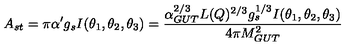
A _ { s t } = \pi \alpha ^ { \prime } g _ { s } I ( \theta _ { 1 } , \theta _ { 2 } , \theta _ { 3 } ) = { \frac { \alpha _ { G U T } ^ { 2 / 3 } L ( Q ) ^ { 2 / 3 } g _ { s } ^ { 1 / 3 } I ( \theta _ { 1 } , \theta _ { 2 } , \theta _ { 3 } ) } { 4 \pi M _ { G U T } ^ { 2 } } } \,